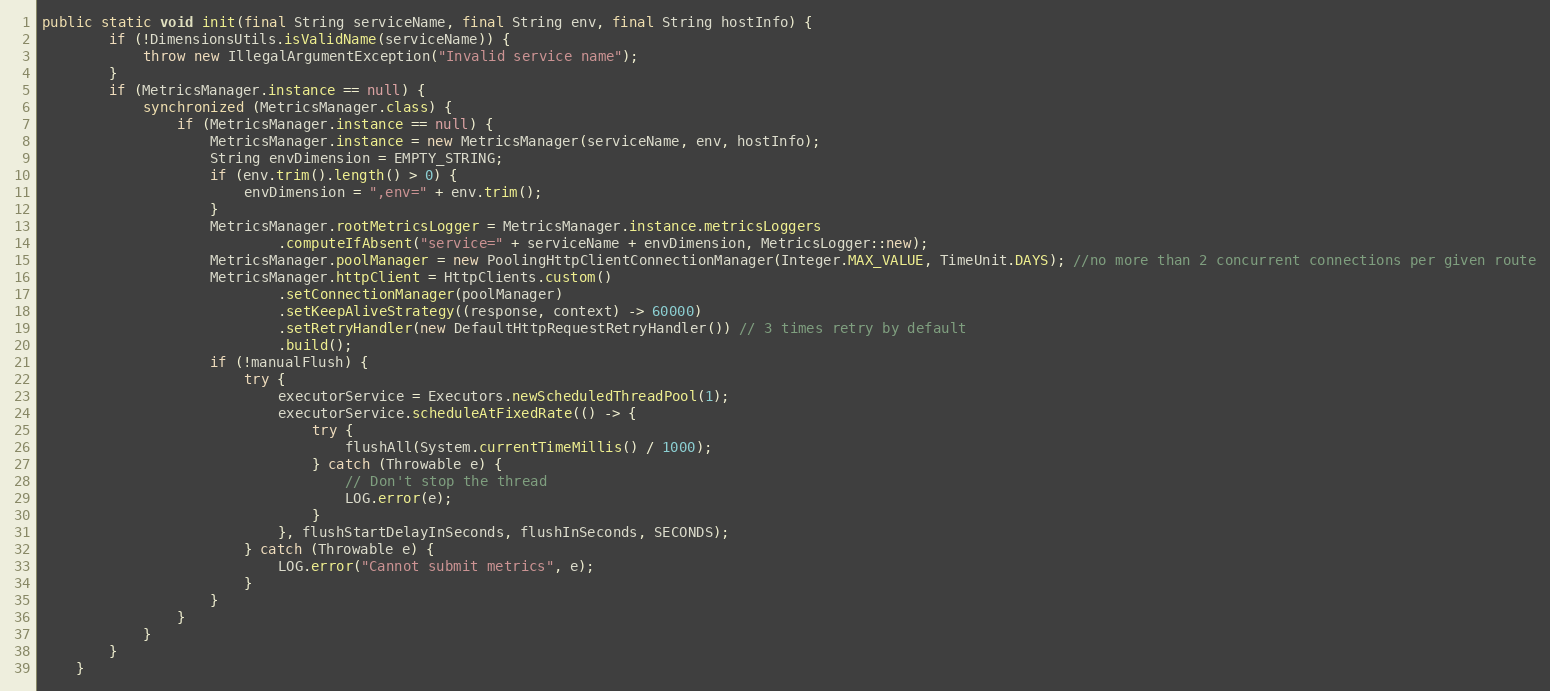
Language: Java
public static void init(final String serviceName, final String env, final String hostInfo) {
        if (!DimensionsUtils.isValidName(serviceName)) {
            throw new IllegalArgumentException("Invalid service name");
        }
        if (MetricsManager.instance == null) {
            synchronized (MetricsManager.class) {
                if (MetricsManager.instance == null) {
                    MetricsManager.instance = new MetricsManager(serviceName, env, hostInfo);
                    String envDimension = EMPTY_STRING;
                    if (env.trim().length() > 0) {
                        envDimension = ",env=" + env.trim();
                    }
                    MetricsManager.rootMetricsLogger = MetricsManager.instance.metricsLoggers
                            .computeIfAbsent("service=" + serviceName + envDimension, MetricsLogger::new);
                    MetricsManager.poolManager = new PoolingHttpClientConnectionManager(Integer.MAX_VALUE, TimeUnit.DAYS); //no more than 2 concurrent connections per given route
                    MetricsManager.httpClient = HttpClients.custom()
                            .setConnectionManager(poolManager)
                            .setKeepAliveStrategy((response, context) -> 60000)
                            .setRetryHandler(new DefaultHttpRequestRetryHandler()) // 3 times retry by default
                            .build();
                    if (!manualFlush) {
                        try {
                            executorService = Executors.newScheduledThreadPool(1);
                            executorService.scheduleAtFixedRate(() -> {
                                try {
                                    flushAll(System.currentTimeMillis() / 1000);
                                } catch (Throwable e) {
                                    // Don't stop the thread
                                    LOG.error(e);
                                }
                            }, flushStartDelayInSeconds, flushInSeconds, SECONDS);
                        } catch (Throwable e) {
                            LOG.error("Cannot submit metrics", e);
                        }
                    }
                }
            }
        }
    }